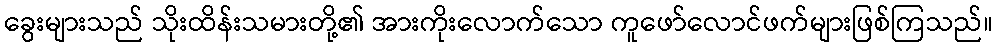
ခွေးများသည် သိုးထိန်းသမားတို့၏ အားကိုးလောက်သော ကူဖော်လောင်ဖက်များဖြစ်ကြသည်။